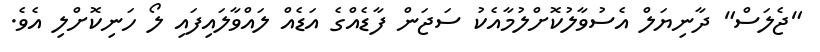
"ޖެލަސް" ދާނިޔަލް އެސުވާލުކޮށްލުމާއެކު ސަޖަން ފާޑެއްގެ އަޑެއް ލައްވާލައިފައި ލޯ ހަނިކޮށްލި އެވެ.